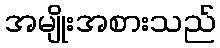
အမျိုးအစားသည်